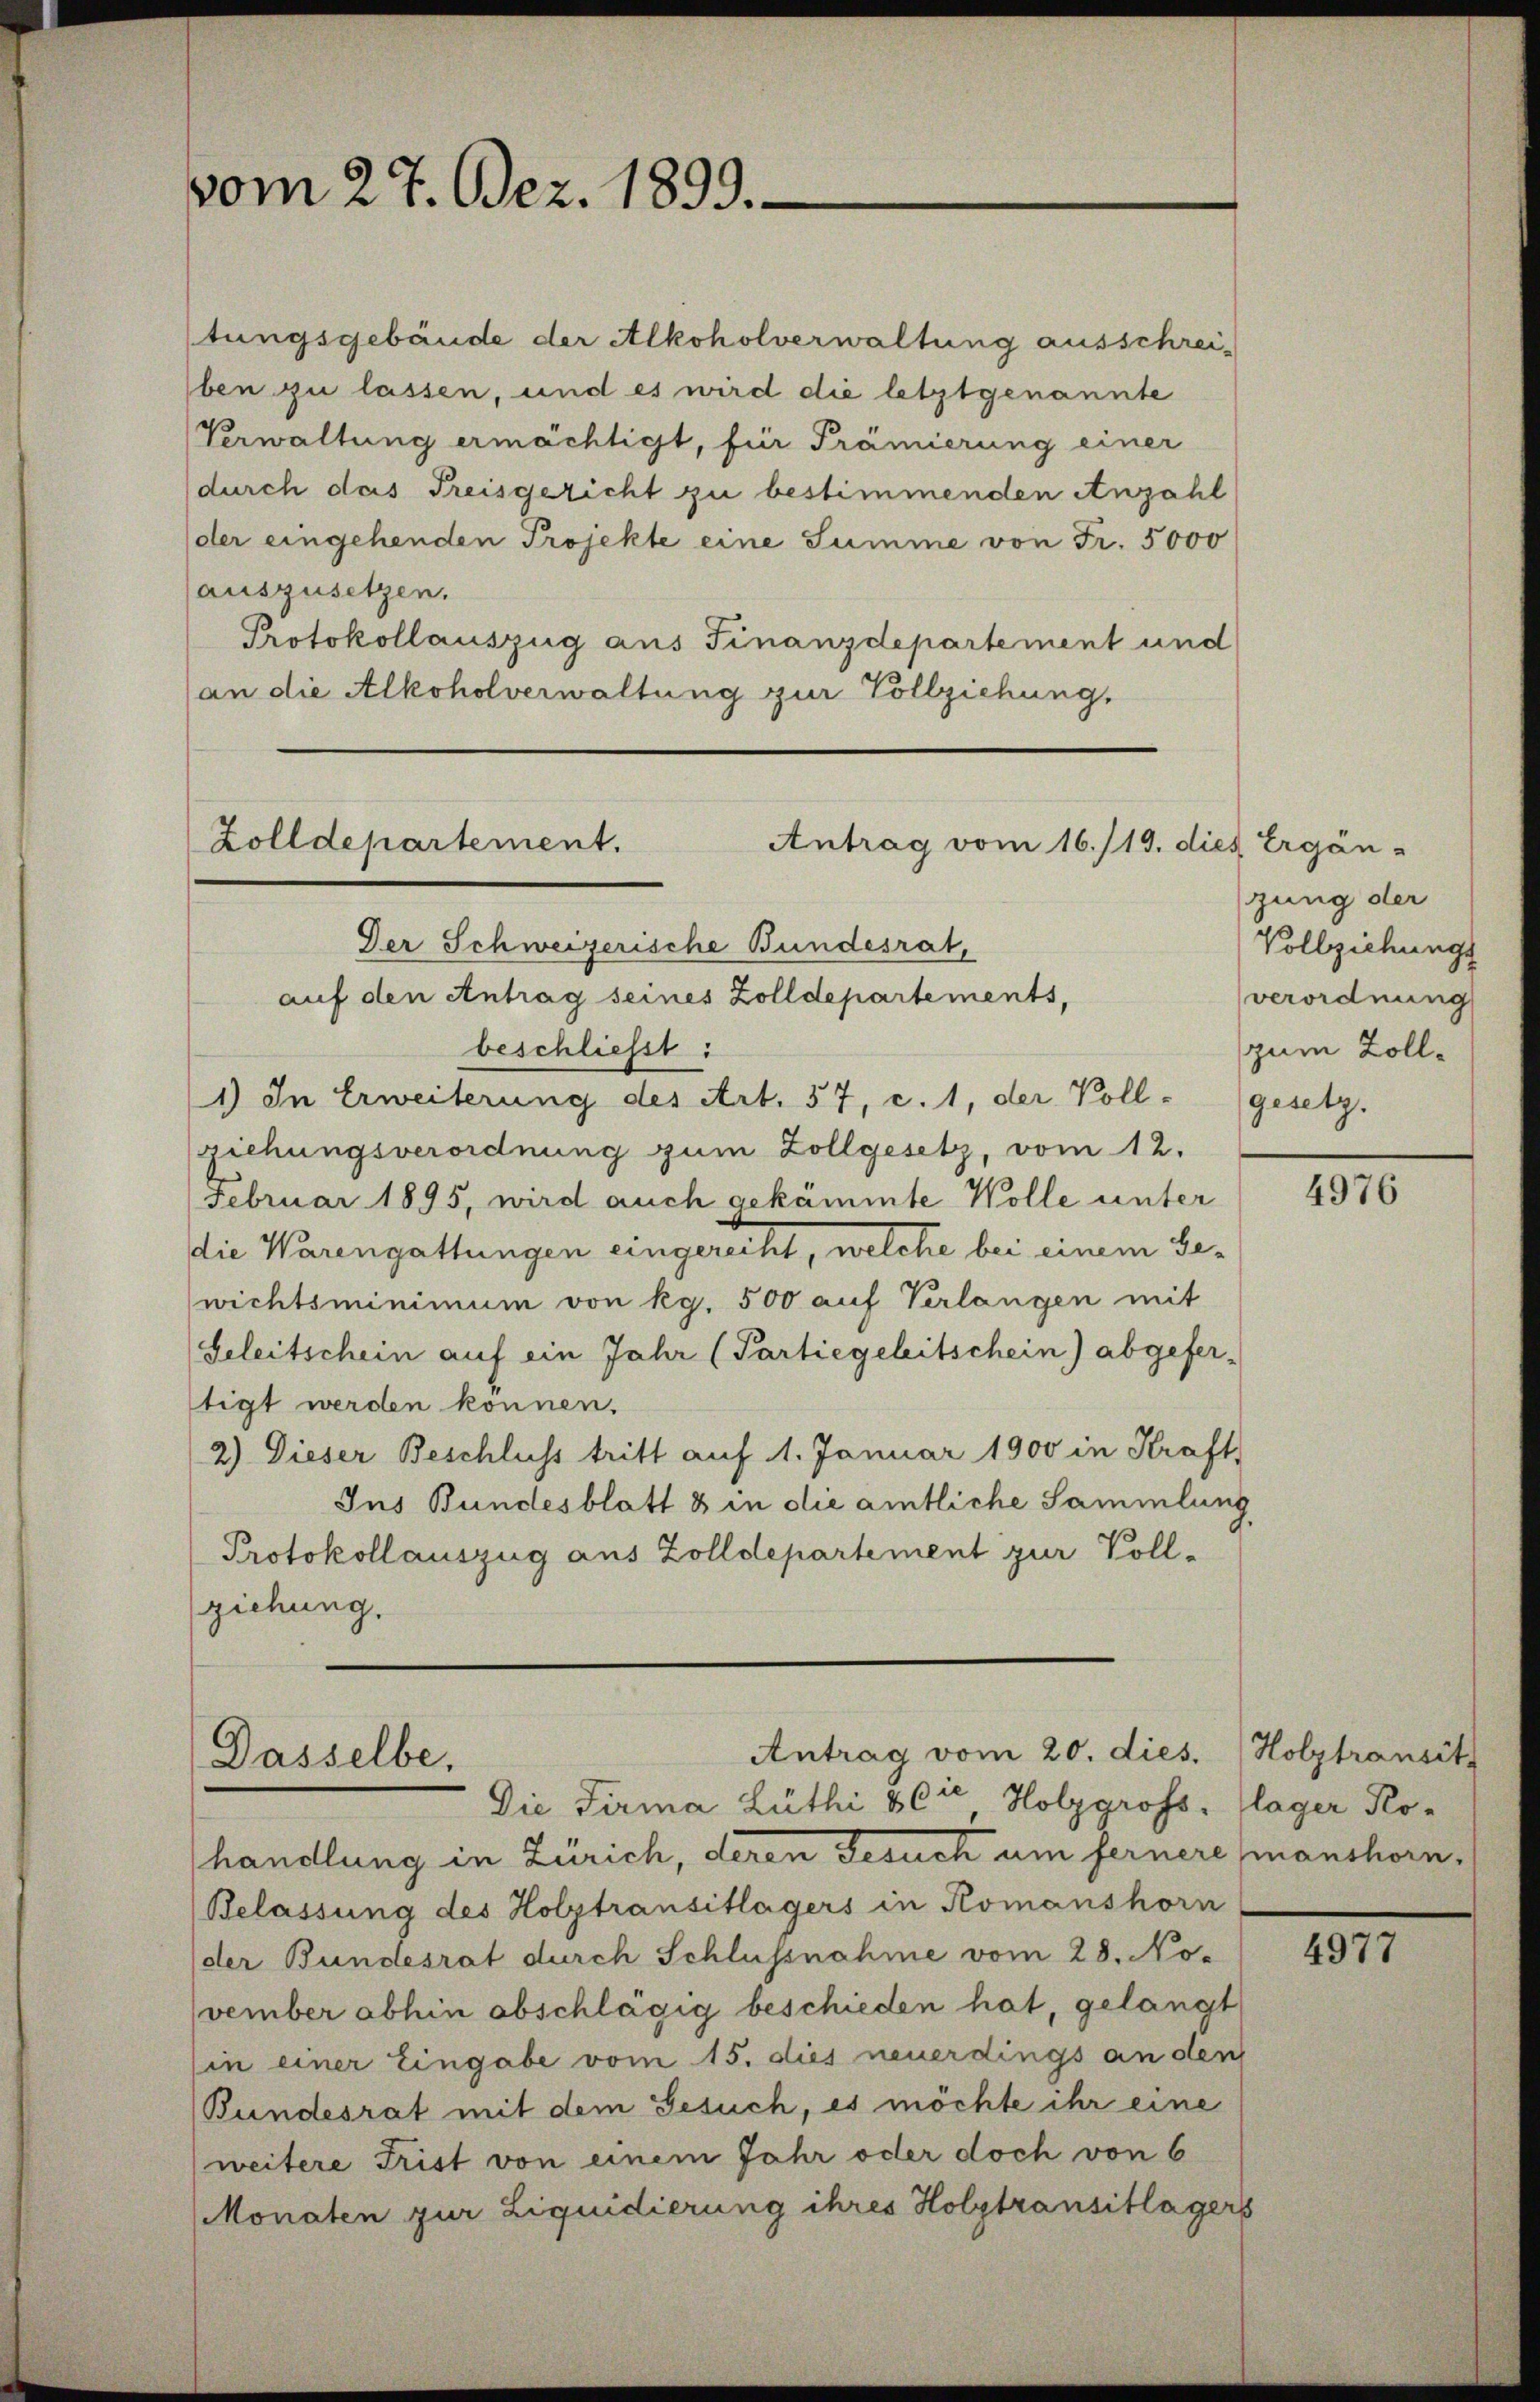
vom 27. Bez. 1899.

tungsgebäude der Alkoholverwaltung ausschrei-
ben zu lassen, und es wird die letztgenannte
Verwaltung ermächtigt, für Prämierung einer
durch das Preisgericht zu bestimmenden Anzahl
der eingehenden Projekte eine Summe von Fr. 5000
auszusetzen.
Protokollauszug aus Finanzdepartement und
(an die Alkoholverwaltung zur Vollziehung,

Zolldepartement.
Der Schweizerische Bundesrat,
auf den Antrag seines Zolldepartements,

beschliesst:
1) In Erweiterung des Art. 57, c. 1, der Voll- (gesetz.
(ziehungsverordnung zum Zollgesetz, vom 12.
Februar 1895, wird auch gekämmte Wolle unter
die Warengattungen eingerecht, welche bei einem bewichtsminimum von kg. 500 auf Verlangen mit
Geleitschein auf ein Jahr (Partiegeleitschein) abgefer-
tigt werden können.
2) Dieser Beschluss tritt auf 1. Januar 1900 in Kraft,
Ins Bundesblatt 3 in die amtliche Sammlung
Protokollauszug aus Zolldepartement zur Vollziehung.

handlung in Zürich, deren Gesuch um fernere Inanshorn¬
Belassung des Holztransitlagers in Romanshorn
der Bundesrat durch Schlussnahme vom 28. November abhin abschlägig beschieden hat, gelangt
(in einer Eingabe vom 15. dies neuerdings an den
(Bundesrat mit dem Gesuch, es möchte ihr eine
weitere Frist von einem Jahr oder doch von 6
Monaten zur Liquidierung ihres Holztransitlägers

Antrag vom 16./19. dies Ergän-

Antrag vom 20. dies.
Dasselbe,
Die Firma Lüthi & Cie Holzgross. Klager Ro-

zung der
Vollziehungs
verordnung
zum Zoll¬

4976

Holztransitz

4977